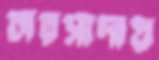
চারসাদায়